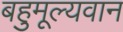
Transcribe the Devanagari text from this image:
बहुमूल्यवान